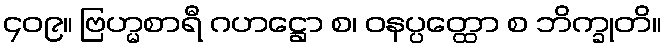
၄၀၉။ ဗြဟ္မစာရီ ဂဟဋ္ဌော စ၊ ဝနပ္ပတ္ထော စ ဘိက္ခုတိ။